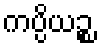
ကပ္ပိယဉ္စ